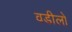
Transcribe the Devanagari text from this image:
वडीलो